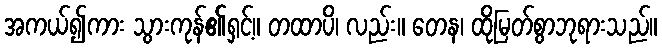
အကယ်၍ကား သွားကုန်၏ရှင့်။ တထာပိ၊ လည်း။ တေန၊ ထိုမြတ်စွာဘုရားသည်။